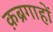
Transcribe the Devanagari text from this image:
क़ब्रगाहों